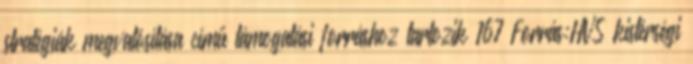
stratégiák megvalósítása című támogatási forráshoz tartozik 167 Forrás:HVS kistérségi